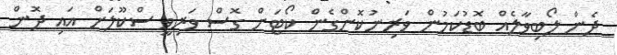
ދެން ލޯބިވާލެއް ބޮޑުކަމުން ވަރިނުކޮށްގެން ކޯޓަށް ގޮސް ވަރިވީ ސްކޫލަށް އައި ދޮން